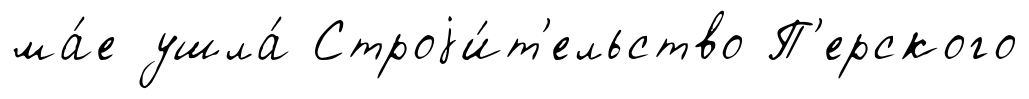
ма́е ушла́ Строjи́т'ельство П'ерского